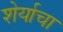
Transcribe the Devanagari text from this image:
शेर्याचा